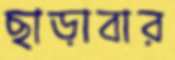
ছাড়াবার